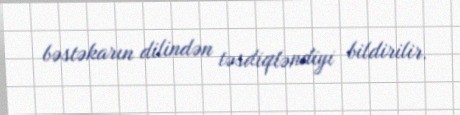
bəstəkarın dilindən təsdiqləndiyi bildirilir.